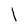
Character: l